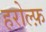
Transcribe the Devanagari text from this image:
हरोल्फ़